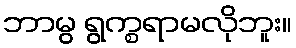
ဘာမွ ရွက္စရာမလိုဘူး။